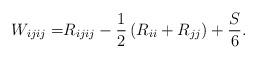
LaTeX: \begin{align*}W_{ijij} = &R_{ijij} - \frac{1}{2}\left(R_{ii}+ R_{jj}\right)+ \frac{S}{6}.\end{align*}